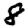
Digit: 8